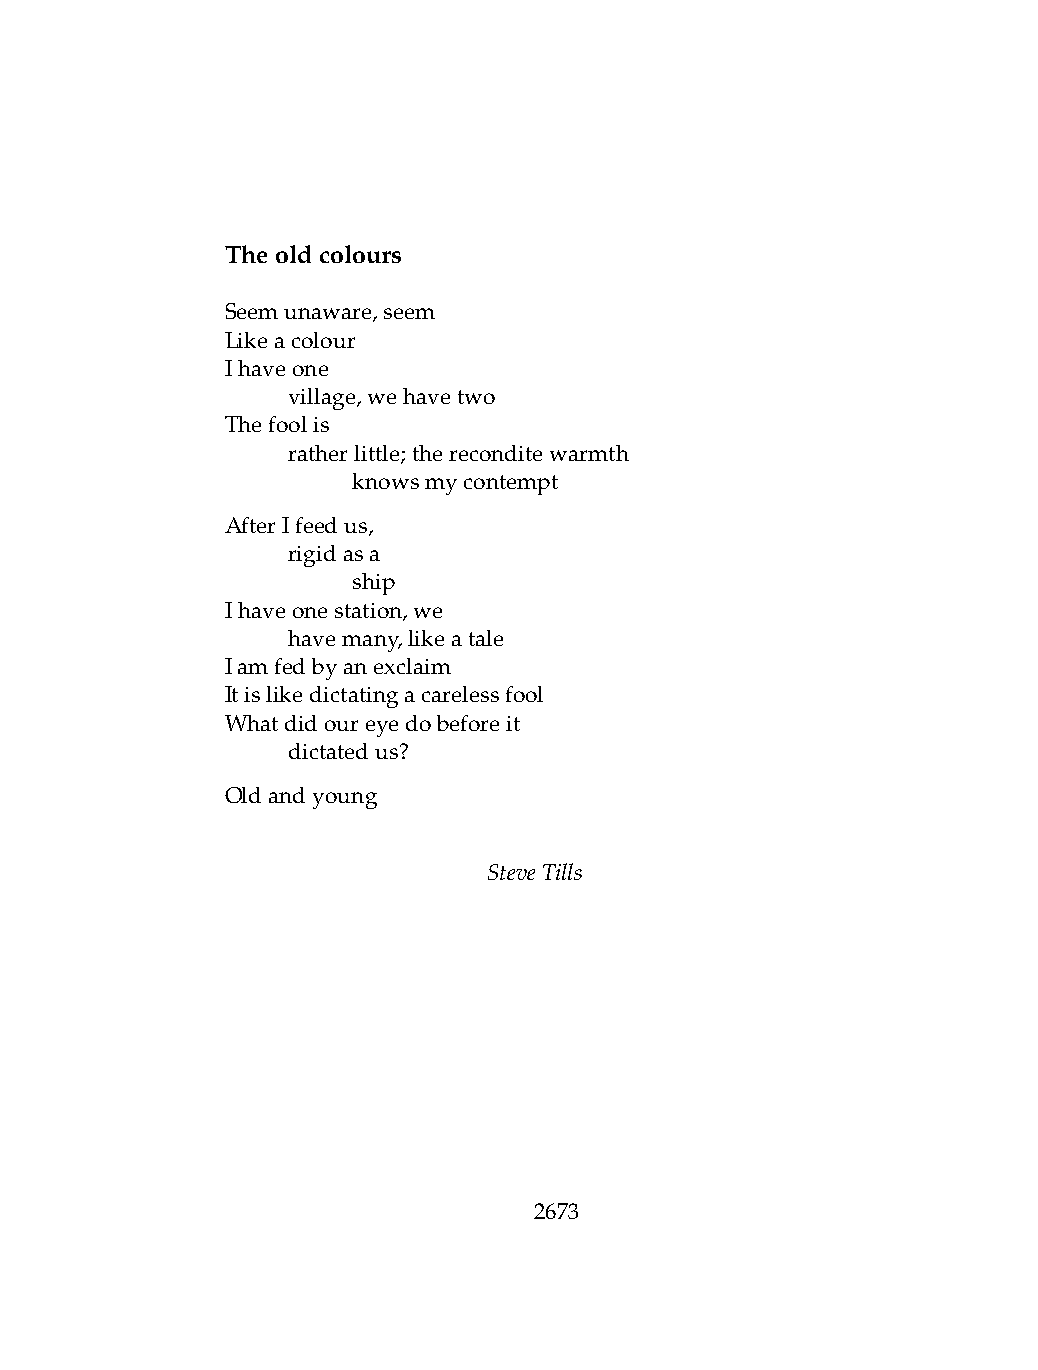
Theoldcolours
 Seemunaware,seem
 Likeacolour
 Ihaveone
 .   village,wehavetwo
 Thefoolis
 .   ratherlittle;thereconditewarmth
 .   .   knowsmycontempt
 AfterIfeedus,
 .   rigidasa
 .   .   ship
 Ihaveonestation,we
 .   havemany,likeatale
 Iamfedbyanexclaim
 Itislikedictatingacarelessfool
 Whatdidoureyedobeforeit
 .   dictatedus?
 Oldandyoung
 SteveTills
 2673